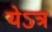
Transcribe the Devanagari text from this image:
येऽत्र